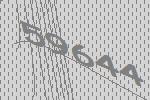
59644